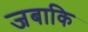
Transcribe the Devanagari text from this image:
जबाकि